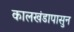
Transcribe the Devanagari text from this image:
कालखंडापासुन